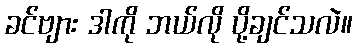
ခင်ဗျား ဒါကို ဘယ်လို ပို့ချင်သလဲ။